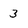
Character: 3